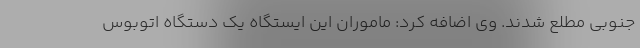
جنوبی مطلع شدند. وی اضافه کرد: ماموران این ایستگاه یک دستگاه اتوبوس